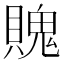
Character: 𧷛